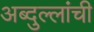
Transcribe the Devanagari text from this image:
अब्दुल्लांची